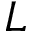
L